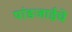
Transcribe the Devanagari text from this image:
पांडजाईचे